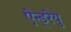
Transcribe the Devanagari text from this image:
ऐन्ड्रेयु